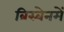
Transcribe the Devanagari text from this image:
ब्रिस्बेनमें